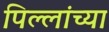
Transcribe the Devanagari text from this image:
पिल्लांच्या